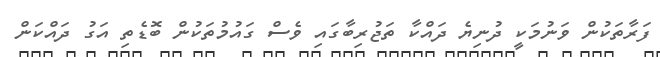
ފަރާތަކުން ވަނުމަކީ ދުނިޔެ ދައްކާ ތަޖުރިބާގައި ވެސް ގައުމުތަކުން ބޮޑެތި އަގު ދައްކަން